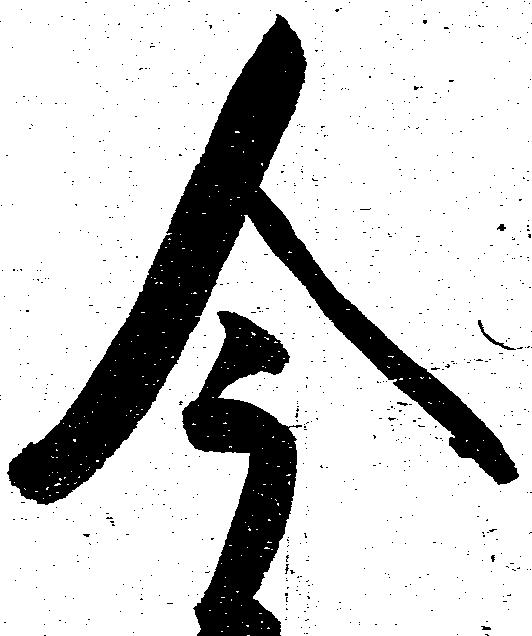
今